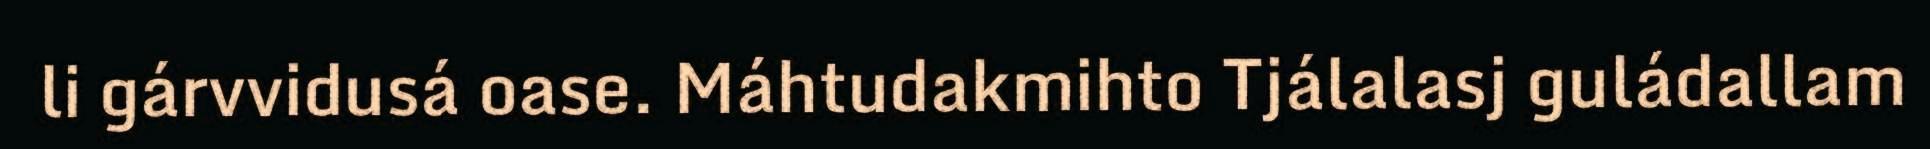
li gárvvidusá oase. Máhtudakmihto Tjálalasj guládallam